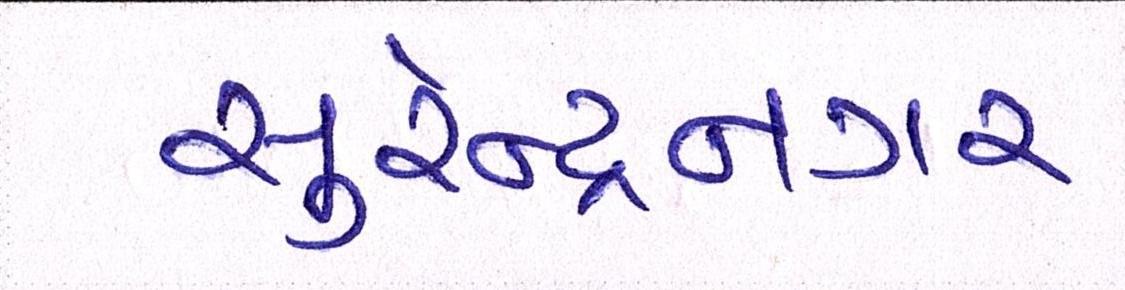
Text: સુરેન્દ્રનગર